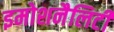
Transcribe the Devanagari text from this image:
इमोशनैलिटी